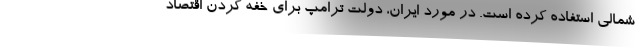
شمالی استفاده کرده است. در مورد ایران، دولت ترامپ برای خفه کردن اقتصاد